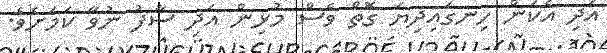
އަދި އެކަން ހިނގައިދިޔަ ގޮތް ވެސް މުޅިން އަދި ސާފު ނުވާ ކަމަށެވެ.